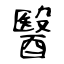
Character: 醫